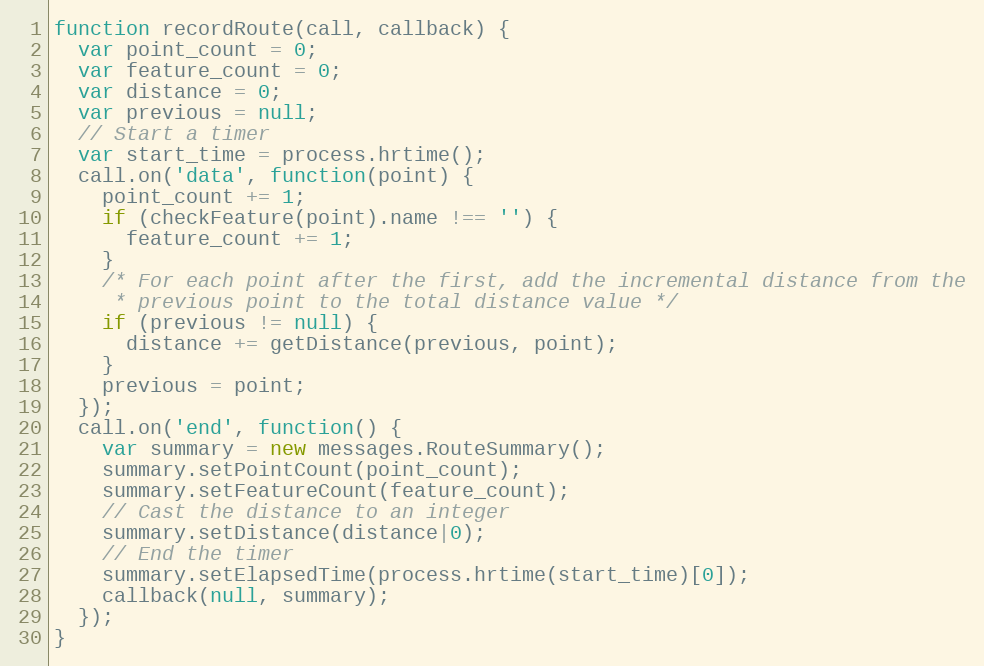
Language: JavaScript
function recordRoute(call, callback) {
  var point_count = 0;
  var feature_count = 0;
  var distance = 0;
  var previous = null;
  // Start a timer
  var start_time = process.hrtime();
  call.on('data', function(point) {
    point_count += 1;
    if (checkFeature(point).name !== '') {
      feature_count += 1;
    }
    /* For each point after the first, add the incremental distance from the
     * previous point to the total distance value */
    if (previous != null) {
      distance += getDistance(previous, point);
    }
    previous = point;
  });
  call.on('end', function() {
    var summary = new messages.RouteSummary();
    summary.setPointCount(point_count);
    summary.setFeatureCount(feature_count);
    // Cast the distance to an integer
    summary.setDistance(distance|0);
    // End the timer
    summary.setElapsedTime(process.hrtime(start_time)[0]);
    callback(null, summary);
  });
}